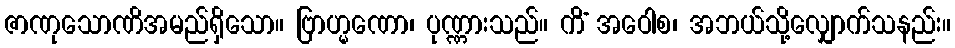
ဇာဏုသောဏိအမည်ရှိသော။ ဗြာဟ္မဏော၊ ပုဏ္ဏားသည်။ ကိံ အဝေါစ၊ အဘယ်သို့လျှောက်သနည်း။